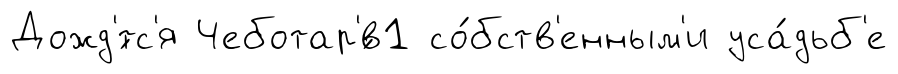
Дожд'́тс'я Чеботар'́в1 со́бств'енным'и уса́дьб'е